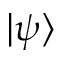
| \psi \rangle